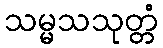
သမ္မသသုတ္တံ